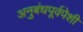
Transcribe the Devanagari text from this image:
अनुबंधपूर्वपेशी